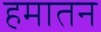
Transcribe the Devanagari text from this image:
हमातन